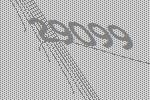
29099